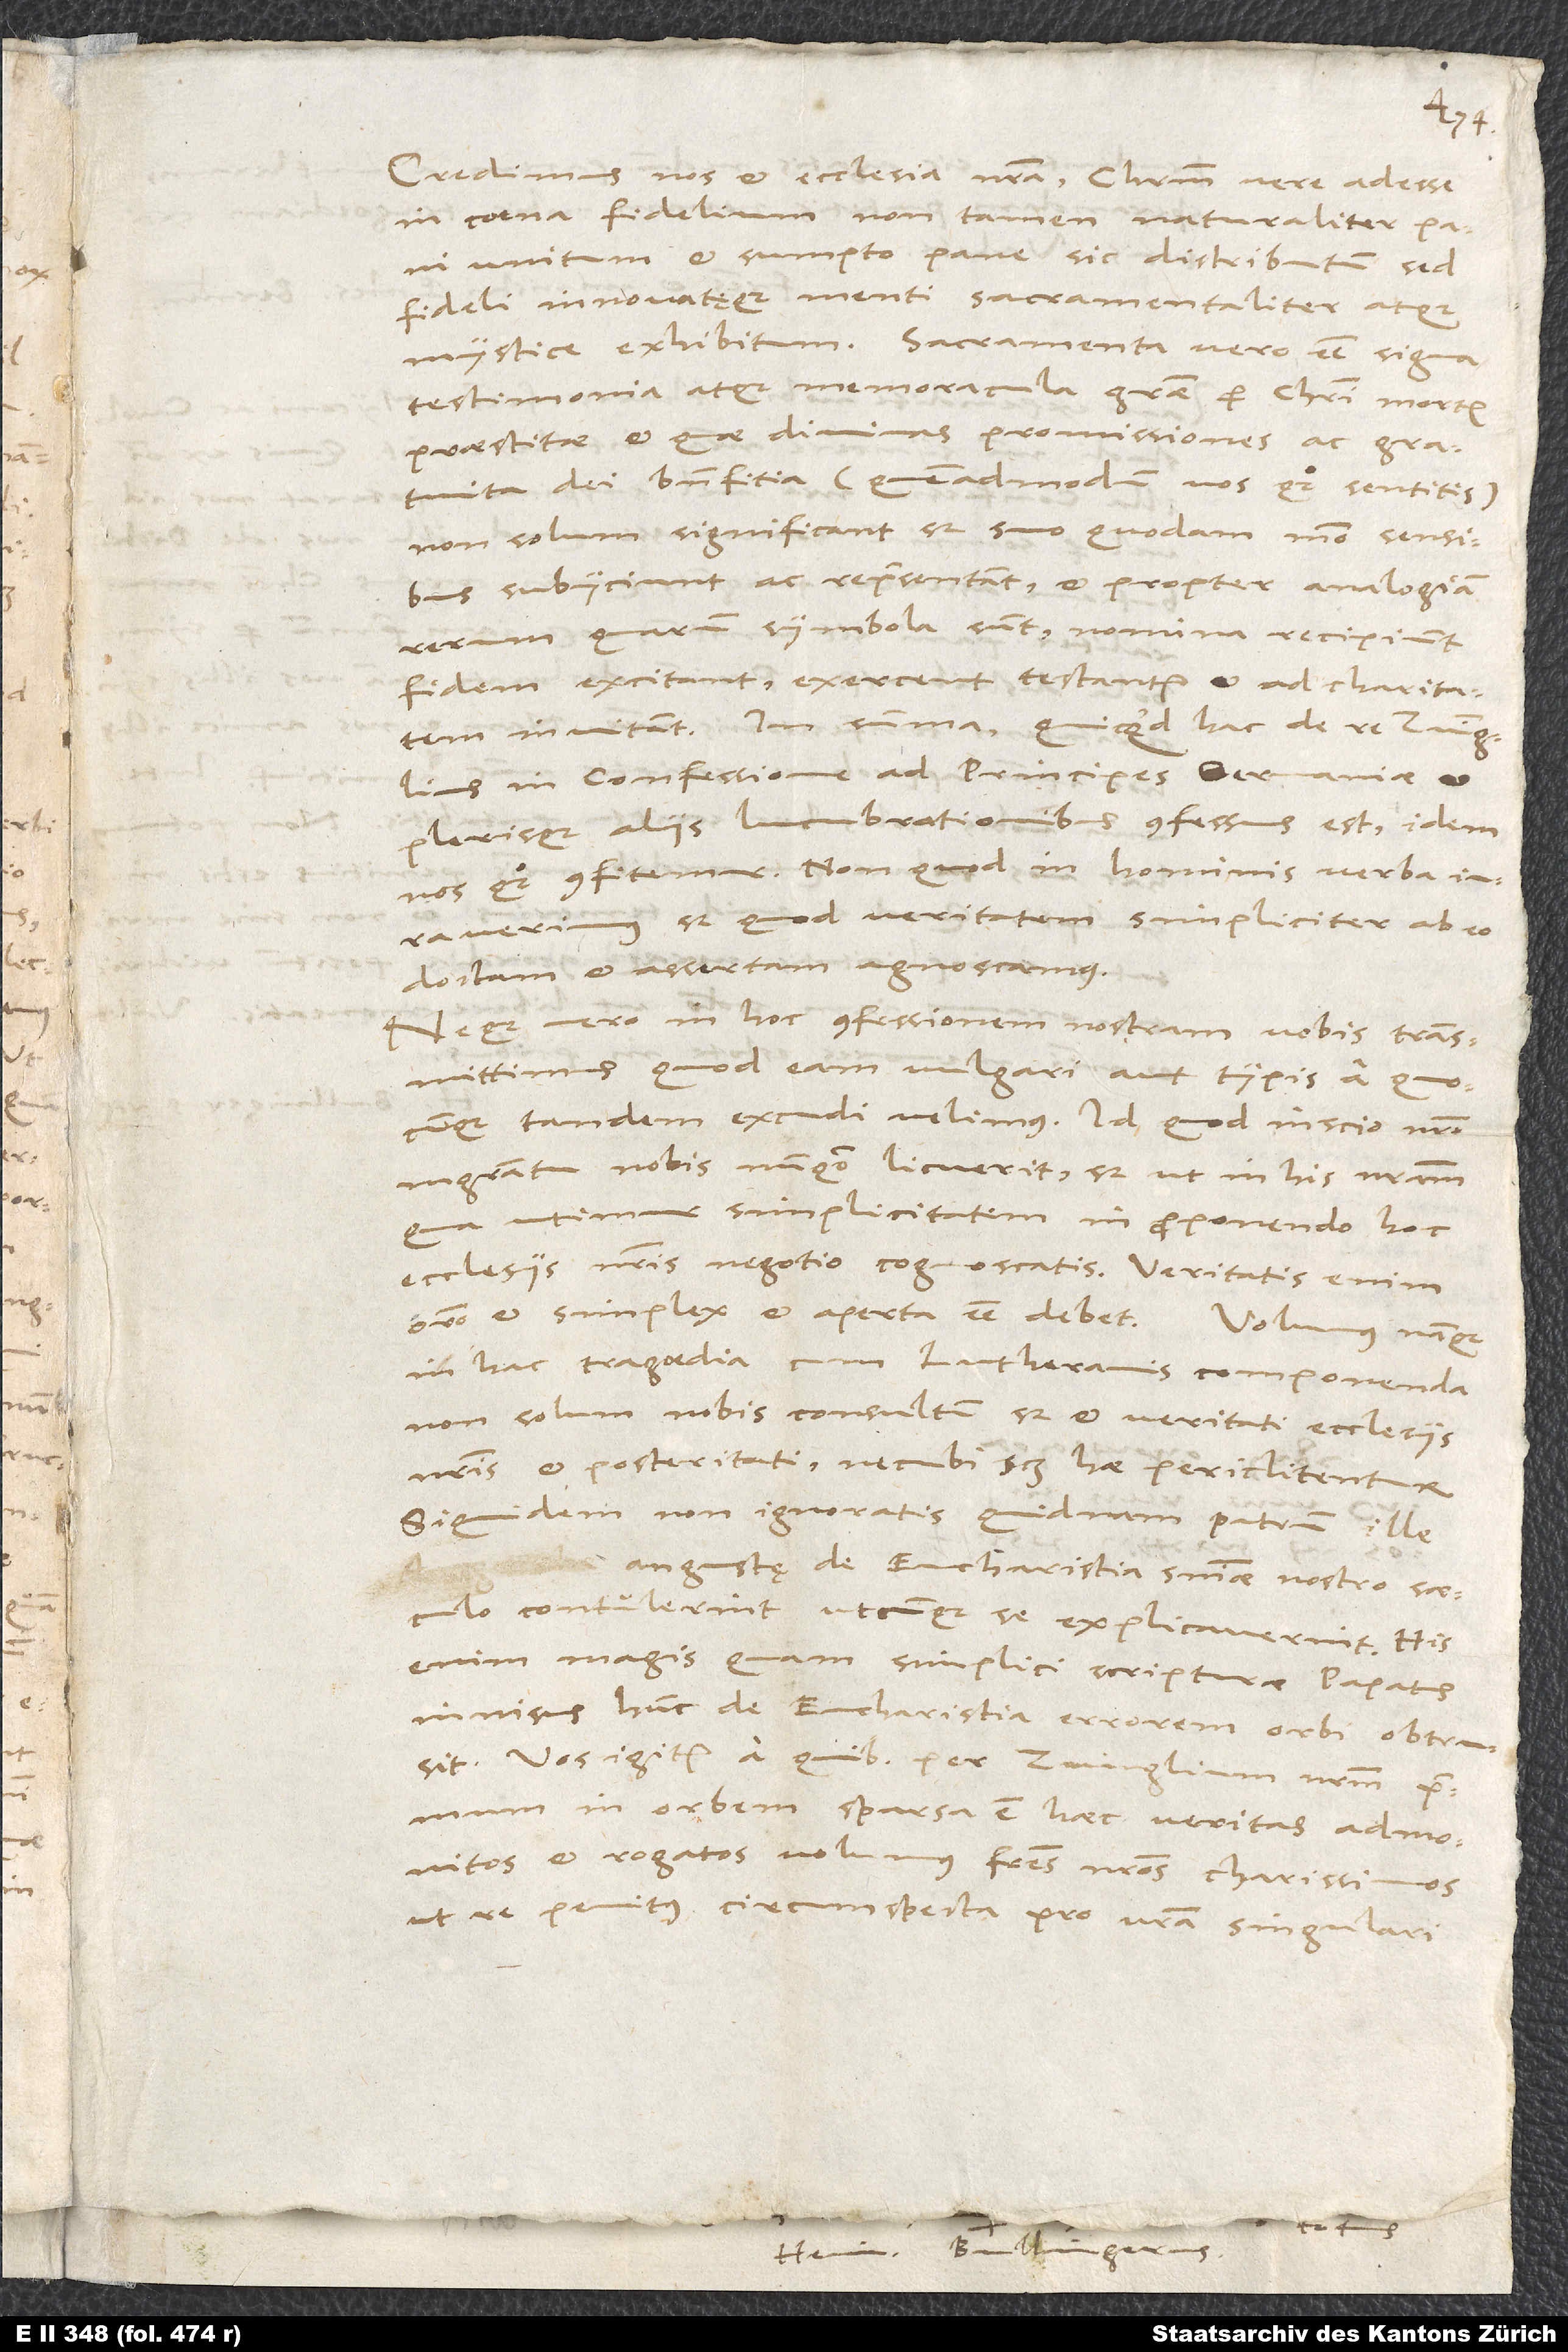
H. Bullingerus